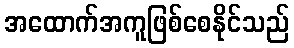
အထောက်အကူဖြစ်စေနိုင်သည်